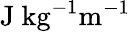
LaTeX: \mathrm{J\ kg^{-1}m^{-1}}